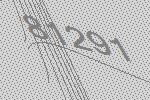
81291